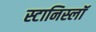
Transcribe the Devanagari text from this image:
स्टानिस्लॉ